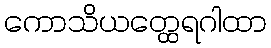
ကောသိယတ္ထေရဂါထာ